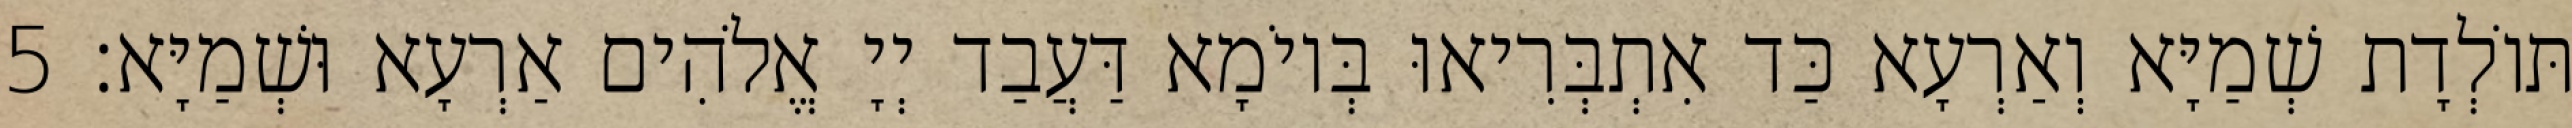
תּוֹלְדָת שְׁמַיָּא וְאַרְעָא כַּד אִתְבְּרִיאוּ בְּיוֹמָא דַּעֲבַד יְיָ אֱלֹהִים אַרְעָא וּשְׁמַיָּא׃ 5